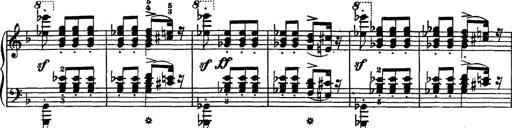
Title: Hungarian Rhapsody No.7
Composer: Franz Liszt
Key: D minor